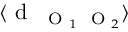
\langle \mathrm { ~ d ~ } _ { \mathrm { ~ \scriptsize ~ O ~ } _ { 1 } \mathrm { ~ \scriptsize ~ O ~ } _ { 2 } } \rangle